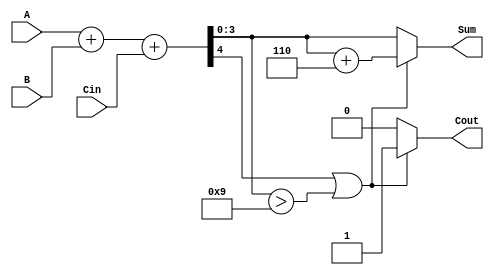
module BCD_Hybrid_Adder (
    input  wire [3:0] A,      // First BCD digit
    input  wire [3:0] B,      // Second BCD digit
    input  wire Cin,          // Carry input
    output wire [3:0] Sum,    // BCD sum output
    output wire Cout          // Carry output
);

    // Intermediate signals
    wire [4:0] S;             // 5-bit sum of A, B, and Cin
    wire [4:0] S_corrected;   // Corrected sum if needed

    // Binary addition
    assign S = A + B + Cin;   // 4-bit A + 4-bit B + 1-bit Cin, result is 5 bits

    // BCD correction logic: if S[3:0] > 9 or if S[4] is 1, apply correction
    wire should_correct = (S[4] == 1'b1) || (S[3:0] > 4'b1001);
    assign S_corrected = should_correct ? (S + 5'b00110) : S; // Add 6 to correct

    // Assign outputs
    assign Sum = S_corrected[3:0]; // 4-bit BCD sum
    assign Cout = should_correct ? 1'b1 : 1'b0; // Carry out if correction was applied

endmodule